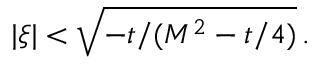
| \xi | < \sqrt { - t / ( M ^ { 2 } - t / 4 ) } \, .